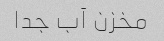
مخزن آب جدا